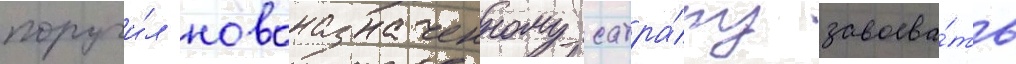
поручи́л новоназначенному сатра́пу завоева́ть